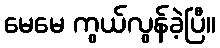
မေမေ ကွယ်လွန်ခဲ့ပြီ။